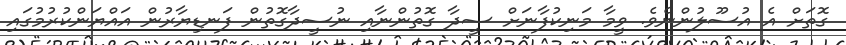
ގޮތަށް އެ އުސޫލުންނެވެ. ވީމާ މަނިކުފާނަށް ސީދާ ގޮތުންނާއި ނުސީދާގޮތުން ފަނޑިޔާރުން އައްޔަންކުރުމުގައި